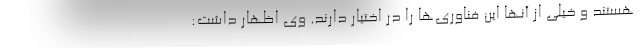
هستند و خیلی از آنها این فناوری‌ها را در اختیار دارند. وی اظهار داشت: